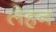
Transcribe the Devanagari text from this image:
लेहन